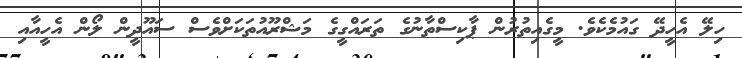
ހިލޭ އެހީދޭ ގައުމެކެވެ. މީގެއިތުރުން ޕާކިސްތާނުގެ ތަރައްގީގެ މަޝްރޫއުތަކަށްވެސް ސައޫދީން ލޯން އެހީއާއި